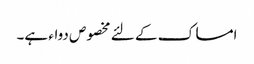
امساک کے لئے مخصوص دواء ہے۔